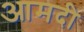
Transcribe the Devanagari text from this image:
आमदी